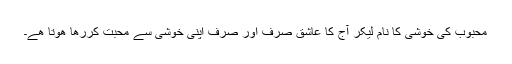
محبوب کی خوشی کا نام لیکر آج کا عاشق صرف اور صرف اپنی خوشی سے محبت کررھا ھوتا ھے۔